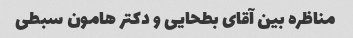
مناظره بین آقای بطحایی و دکتر هامون سبطی